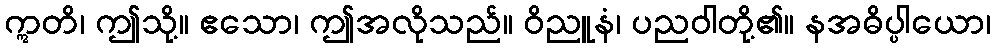
ဣတိ၊ ဤသို့။ ဧသော၊ ဤအလိုသည်။ ဝိညူနံ၊ ပညဝါတို့၏။ နအဓိပ္ပါယော၊